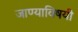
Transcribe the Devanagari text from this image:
जाण्याविषयी